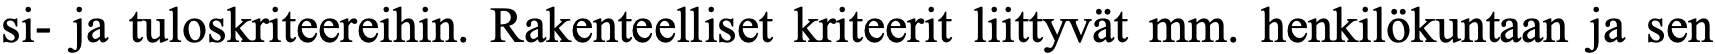
si- ja tuloskriteereihin. Rakenteelliset kriteerit liittyvät mm. henkilökuntaan ja sen